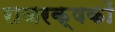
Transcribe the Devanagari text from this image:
राजरक्षकों